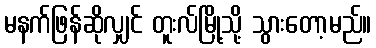
မနက်ဖြန်ဆိုလျှင် တူးလ်မြို့သို့ သွားတော့မည်။